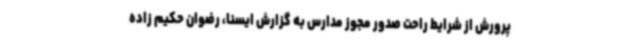
پرورش از شرایط راحت صدور مجوز مدارس به گزارش ایسنا، رضوان حکیم زاده